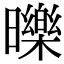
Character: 𣋵